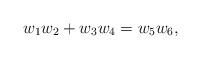
\begin{align*}w_1w_2+w_3w_4=w_5w_6,\end{align*}